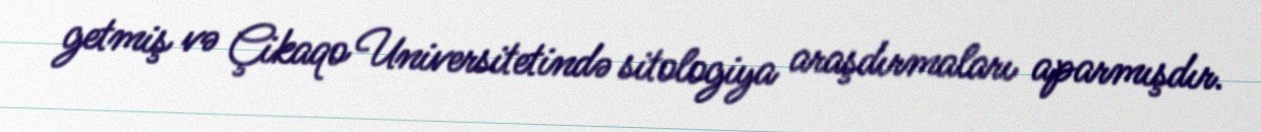
getmiş və Çikaqo Universitetində sitologiya araşdırmaları aparmışdır.